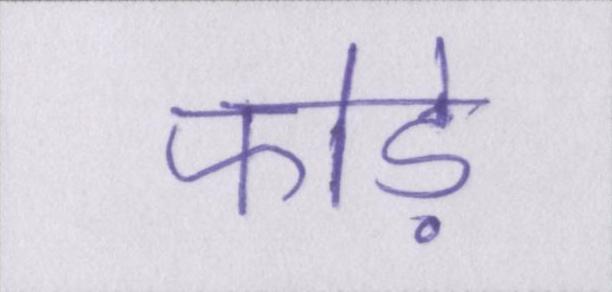
फोड़े